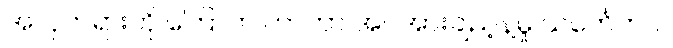
အလှတရားကို ကြောက် တာဟာ အင်အားချည့်နဲ့မှု သင်္ကေတပဲ။